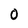
Character: O